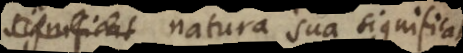
significat natura sua significat